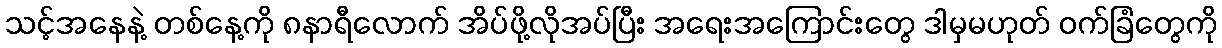
သင့်အနေနဲ့ တစ်နေ့ကို ၈နာရီလောက် အိပ်ဖို့လိုအပ်ပြီး အရေးအကြောင်းတွေ ဒါမှမဟုတ် ဝက်ခြံတွေကို